Annual report of the Madras Medical College
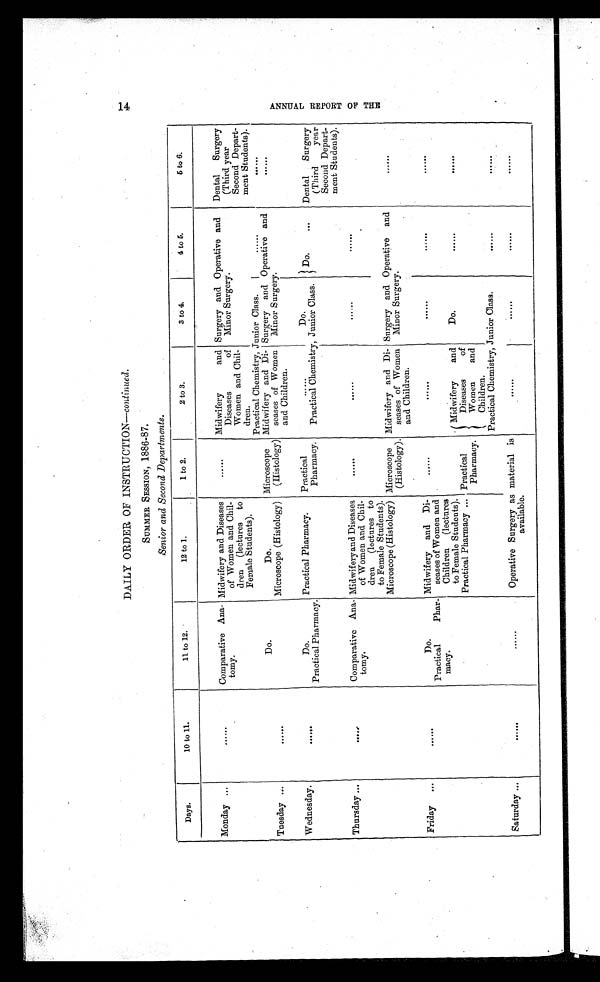
DAILY ORDER OF INSTRUCTION— continued.
SUMMER SESSION, 1886-87.
Senior and Second Departments.
Days.
10 to 11.
11 to 12.
12 to 1.
1 to 2.
2 to 3.
3 to 4.
4 to 5.
5 to 6.
Monday ...
. . . . . .
Comparative Ana-
tomy.
Midwifery and Diseases
of Women and Chil-
dren (lectures to
Female Students).
. . . . . . Midwifery and
Diseases of
Women and Chil-
dren.
Surgery and Operative and
Minor Surgery.
Dental Surgery
(Third year
Second Depart-
ment Students).
Practical Chemistry, Junior Class.
. . . . . .
. . . . . .
Do.
Do.
Microscope
(Histology)
Midwifery and Di-
seases of Women
and Children.
Surgery and Operative and
Minor Surgery.
. . . . . .
Tuesday ...
. . . . . .
Microscope (Histology)
. . . . . .
Wednesday.
. . . . . .
Do.
Practical Pharmacy.
Practical
Pharmacy.
• • • • • •
Do.
Do.
•••
Dental Surgery
(Third year
Second Depart-
ment Students).
Practical Pharmacy.
Practical Chemistry, Junior Class.
Thursday ...
. . . . . .
Comparative Ana-
tomy.
Midwifery and Diseases
of Women and Chil-
dren (lectures to
to Female Students).
. . . . . .
• • • • • •
. . . . . .
. . . . . .
• • • • • •
Microscope (Histology) Microscope
(Histology).
Midwifery and Di-
seases of Women
and Children.
Surgery and Operative and
Minor Surgery.
. . . . . .
Friday ...
. . . . . .
Do.
Midwifery and Di-
seases of Women and
Children (lectures
to Female Students).
. . . . . .
. . . . . .
••••••
. . . . . .
. . . . . .
Practical Phar-
macy.
Midwifery and
Diseases of
Women and
Children.
Do.
. . . . . .
Practical Pharmacy ... Practical
Pharmacy.
Practical Chemistry, Junior Class.
Saturday ...
. . . . . .
. . . . . .
Operative Surgery as material is
available.
. . . . . .
. . . . . .
. . . . . .
. . . . . .
14
A N N U A L R E P O R T O F T H E